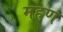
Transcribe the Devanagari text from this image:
महण